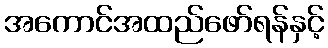
အကောင်အထည်ဖော်ရန်နှင့်